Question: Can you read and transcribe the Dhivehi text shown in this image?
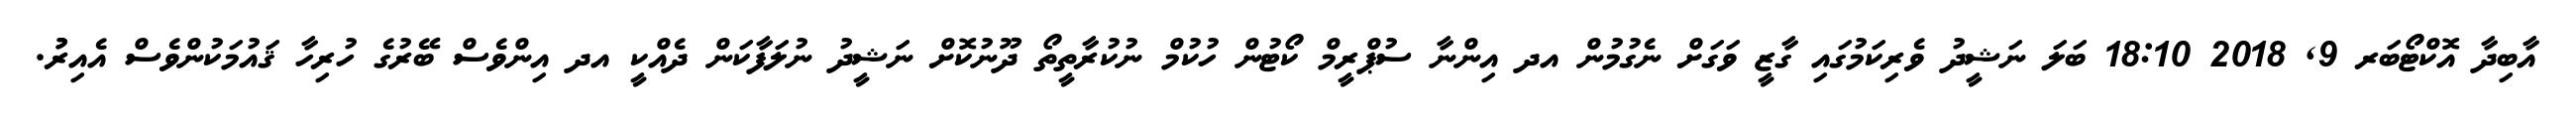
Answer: އާބިދާ އޮކްޓޯބަރ 9, 2018 18:10 ބަލަ ނަޝީދު ވެރިކަމުގައި ގާޒީ ވަގަށް ނެގުމުން އދ އިންނާ ސުޕްރީމް ކޯޓުން ހުކުމް ނުކުރާތީތޯ ދޫނުކޮށް ނަޝީދު ނުލަފާކަން ދެއްކީ އދ އިންވެސް ބޭރުގެ ހުރިހާ ޤައުމަކުންވެސް އެއިރުު.